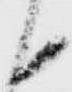
候